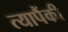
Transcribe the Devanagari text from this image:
त्यापैंकी